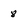
Character: 8